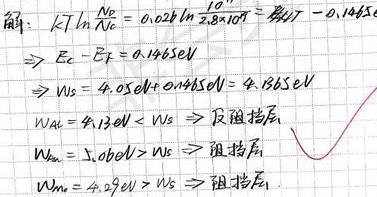
\[
\begin{align*}
& kT\ln\frac{N_0}{N_C}=0.026\ln\frac{10^{17}}{2.8\times10^{19}}=-0.1465eV\\
&\Rightarrow E_c - E_F = 0.1465eV\\
&\Rightarrow W_S = 4.05eV + 0.1465eV = 4.1965eV\\
&W_{AK}=4.13eV < W_S \Rightarrow \text{反阻挡层}\\
&W_{Au}=5.10eV > W_S \Rightarrow \text{阻挡层}\\
&W_{m}=4.29eV > W_S \Rightarrow \text{阻挡层}
\end{align*}
\]